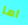
اما